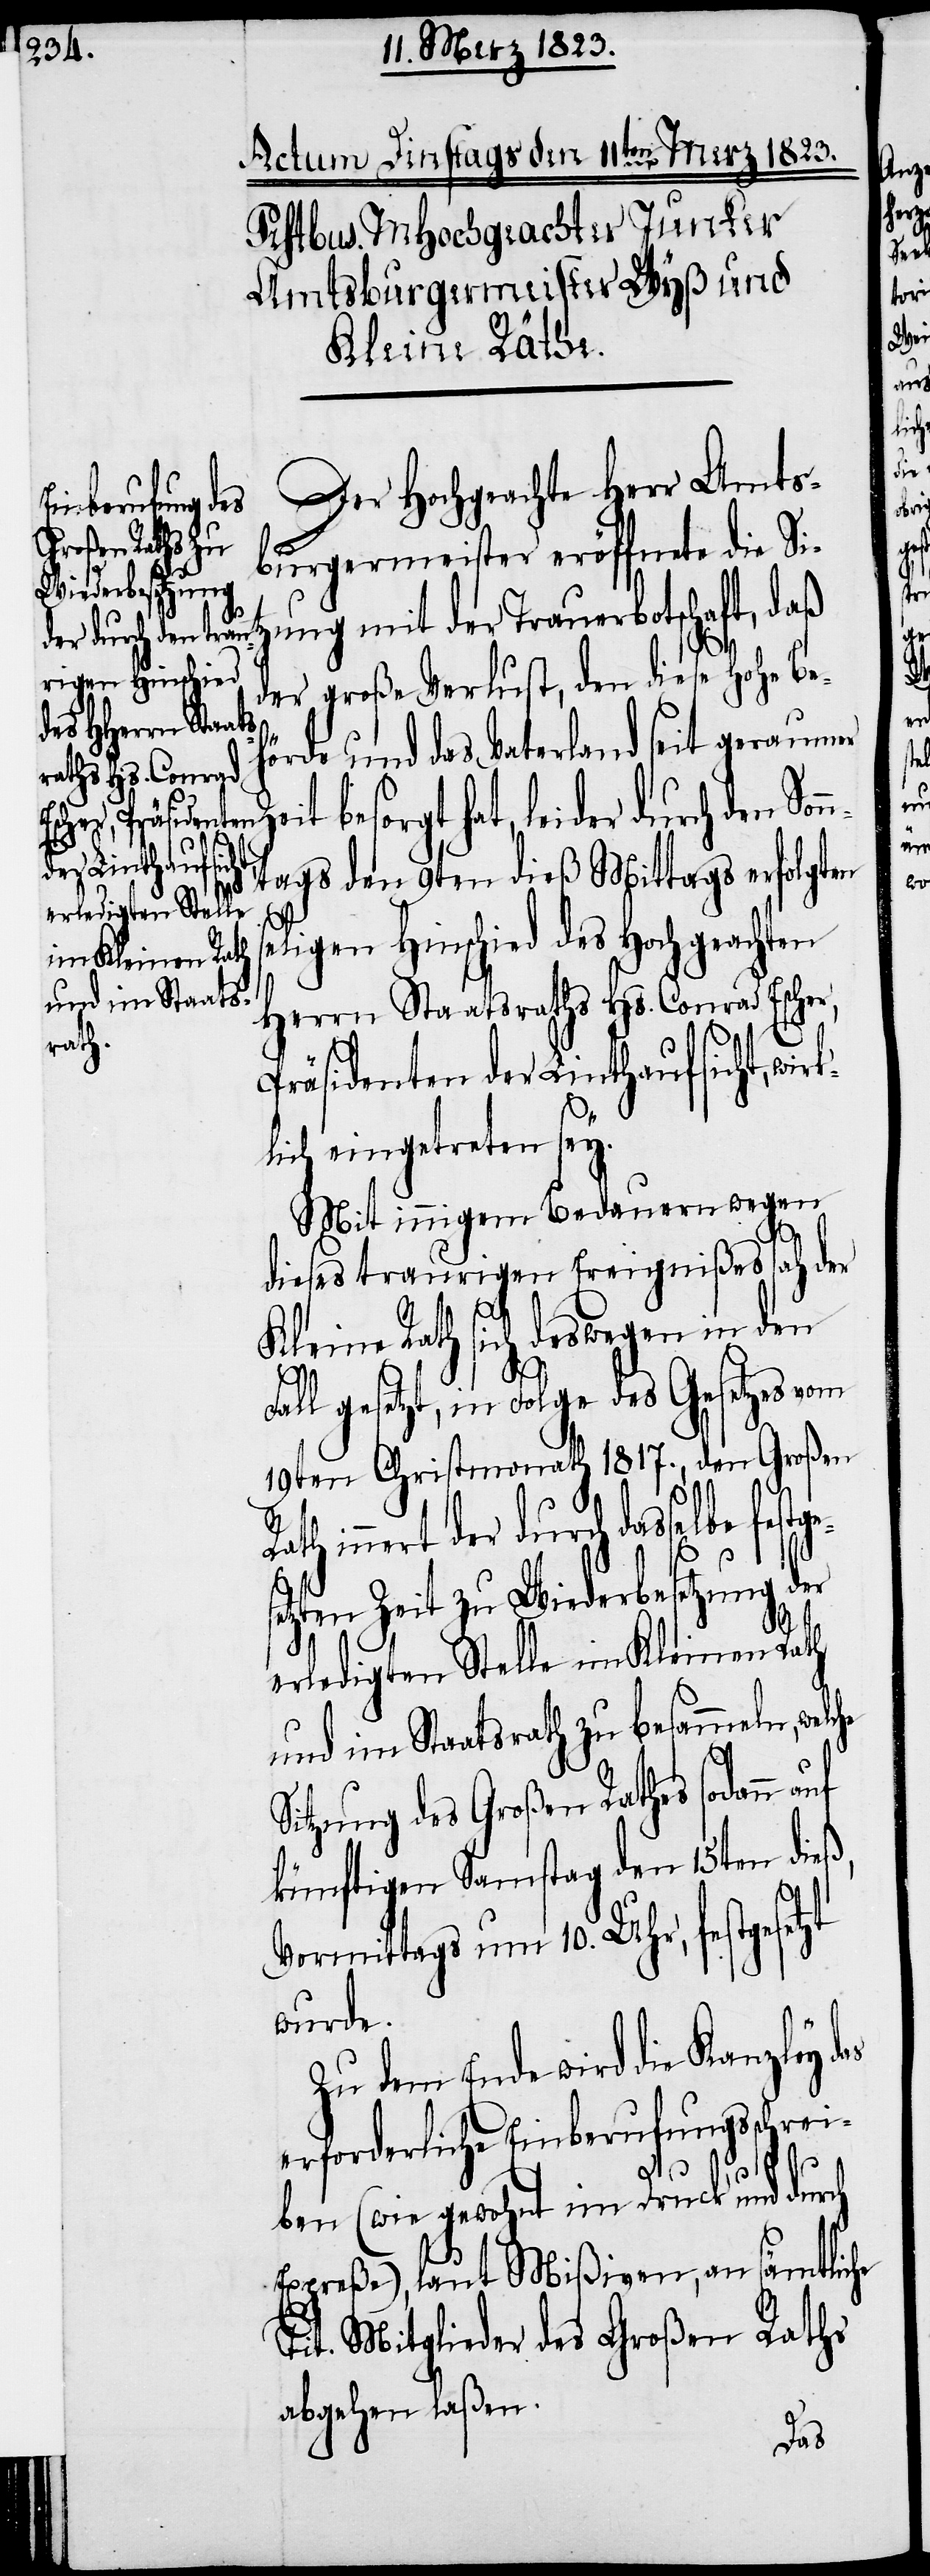
Der Hochgeachte Herr Amts¬
burgermeister eröffnete die Si¬
ung mit der Trauerbotschaft, daß
der große Verlust, den diese Hohe Be¬
hörde und das Vaterland seit geraum¬
er Zeit besorgt hat, leider durch den Son¬
k¬
ntags den 9ten dieß Mittags erfolgten
stges¬
eligen Hinschied des Hochgeachten
Herrn Staatsraths Hs. Conrad Esche¬
Rath
Präsidenten der Linthaufsicht, wir¬
lich eingetreten sey.
Mit innigem Bedauern wegen
dieses traurigen Ereignißes sah der
r,
Kleine Rath sich deswegen in den
Fall gesetzt, in Folge des Gesetzes vom
19ten Christmonath 1817., den Großen
innert der durch dasselbe fe¬
etzten Zeit zu Wiederbesetzung der
erledigten Stelle im Kleinen Rath
und im Staatsrath zu besammeln,
Sitzung des Großen Rathes sodann
künftigen Samstag den 15ten dieß,
Vormittags um 10. Uhr, festgesetzt
wurde.
Zu dem Ende wird die Kanzley das
erforderliche Einberufungsschrei¬
ben (wie gewohnt im Druck und durch
Expreße), laut Mißiven, an sämtliche
Tit. Mitglieder des Großen Raths
abgehen laßen.